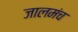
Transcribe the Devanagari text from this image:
जालमंच